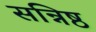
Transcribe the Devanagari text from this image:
सन्निष्ठ